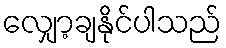
လျှော့ချနိုင်ပါသည်